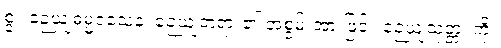
စွ။ ဉေယျဓမ္မဝသေန၊ ဉေယျတရား၏ အစွမ်းအားဖြင့်။ ဉေယျသုတ္တံ၊ ကို။